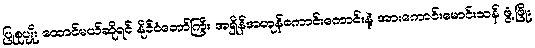
ပြုစုပျိုး ထောင်မယ်ဆိုရင် နိုင်ငံတော်ကြီး အရှိန်အဟုန်ကောင်းကောင်းနဲ့ အားကောင်းမောင်းသန် ဖွံ့ဖြိုး